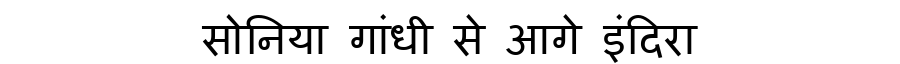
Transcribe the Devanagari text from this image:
सोनिया गांधी से आगे इंदिरा